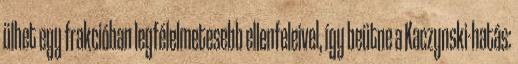
ülhet egy frakcióban legfélelmetesebb ellenfeleivel, így beütne a Kaczynski-hatás: